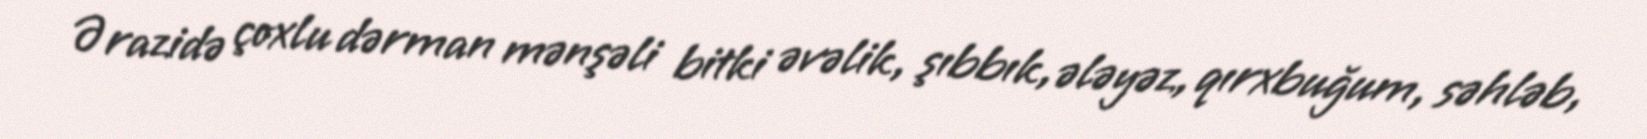
Ərazidə çoxlu dərman mənşəli bitki əvəlik, şıbbık, ələyəz, qırxbuğum, səhləb,